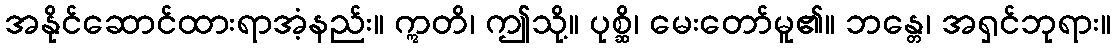
အနိုင်ဆောင်ထားရာအံ့နည်း။ ဣတိ၊ ဤသို့။ ပုစ္ဆိ၊ မေးတော်မူ၏။ ဘန္တေ၊ အရှင်ဘုရား။